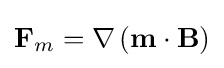
\mathbf {F} _{m}=\mathbf {\nabla } \left(\mathbf {m} \cdot \mathbf {B} \right)